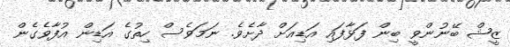
ޒީޝް ބޭނުންވީ ބިން ފަޅާފައި އަޑިއަށް ދާށެވެ. ނަމަވެސް ހިތުގެ އަޑިން އުފާވެގެން